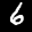
Label: 6